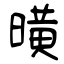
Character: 曂